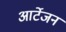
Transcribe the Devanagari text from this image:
आर्टेजन